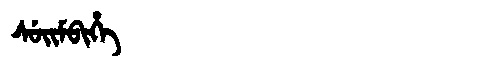
Manchu: ᠰᡠᡳᠮᠪᡳᡥᡝ
Romanization: SUIMBIHE